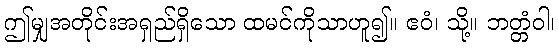
ဤမျှအတိုင်းအရှည်ရှိသော ထမင်ကိုသာဟူ၍။ ဧဝံ၊ သို့။ ဘတ္တံဝါ၊